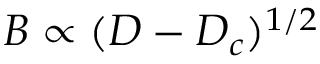
B \propto ( D - D _ { c } ) ^ { 1 / 2 }